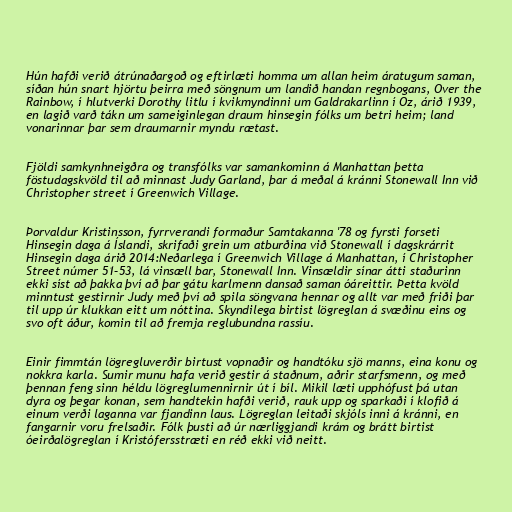
Hún hafði verið átrúnaðargoð og eftirlæti homma um allan heim áratugum saman,
síðan hún snart hjörtu þeirra með söngnum um landið handan regnbogans, Over the
Rainbow, í hlutverki Dorothy litlu í kvikmyndinni um Galdrakarlinn í Oz, árið 1939,
en lagið varð tákn um sameiginlegan draum hinsegin fólks um betri heim; land
vonarinnar þar sem draumarnir myndu rætast.

Fjöldi samkynhneigðra og transfólks var samankominn á Manhattan þetta
föstudagskvöld til að minnast Judy Garland, þar á meðal á kránni Stonewall Inn við
Christopher street í Greenwich Village.

Þorvaldur Kristinsson, fyrrverandi formaður Samtakanna '78 og fyrsti forseti
Hinsegin daga á Íslandi, skrifaði grein um atburðina við Stonewall í dagskrárrit
Hinsegin daga árið 2014:Neðarlega í Greenwich Village á Manhattan, í Christopher
Street númer 51–53, lá vinsæll bar, Stonewall Inn. Vinsældir sínar átti staðurinn
ekki síst að þakka því að þar gátu karlmenn dansað saman óáreittir. Þetta kvöld
minntust gestirnir Judy með því að spila söngvana hennar og allt var með friði þar
til upp úr klukkan eitt um nóttina. Skyndilega birtist lögreglan á svæðinu eins og
svo oft áður, komin til að fremja reglubundna rassíu.

Einir fimmtán lögregluverðir birtust vopnaðir og handtóku sjö manns, eina konu og
nokkra karla. Sumir munu hafa verið gestir á staðnum, aðrir starfsmenn, og með
þennan feng sinn héldu lögreglumennirnir út í bíl. Mikil læti upphófust þá utan
dyra og þegar konan, sem handtekin hafði verið, rauk upp og sparkaði í klofið á
einum verði laganna var fjandinn laus. Lögreglan leitaði skjóls inni á kránni, en
fangarnir voru frelsaðir. Fólk þusti að úr nærliggjandi krám og brátt birtist
óeirðalögreglan í Kristófersstræti en réð ekki við neitt.